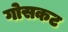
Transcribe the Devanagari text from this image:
गोसकट